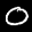
Label: 0